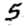
Digit: 5